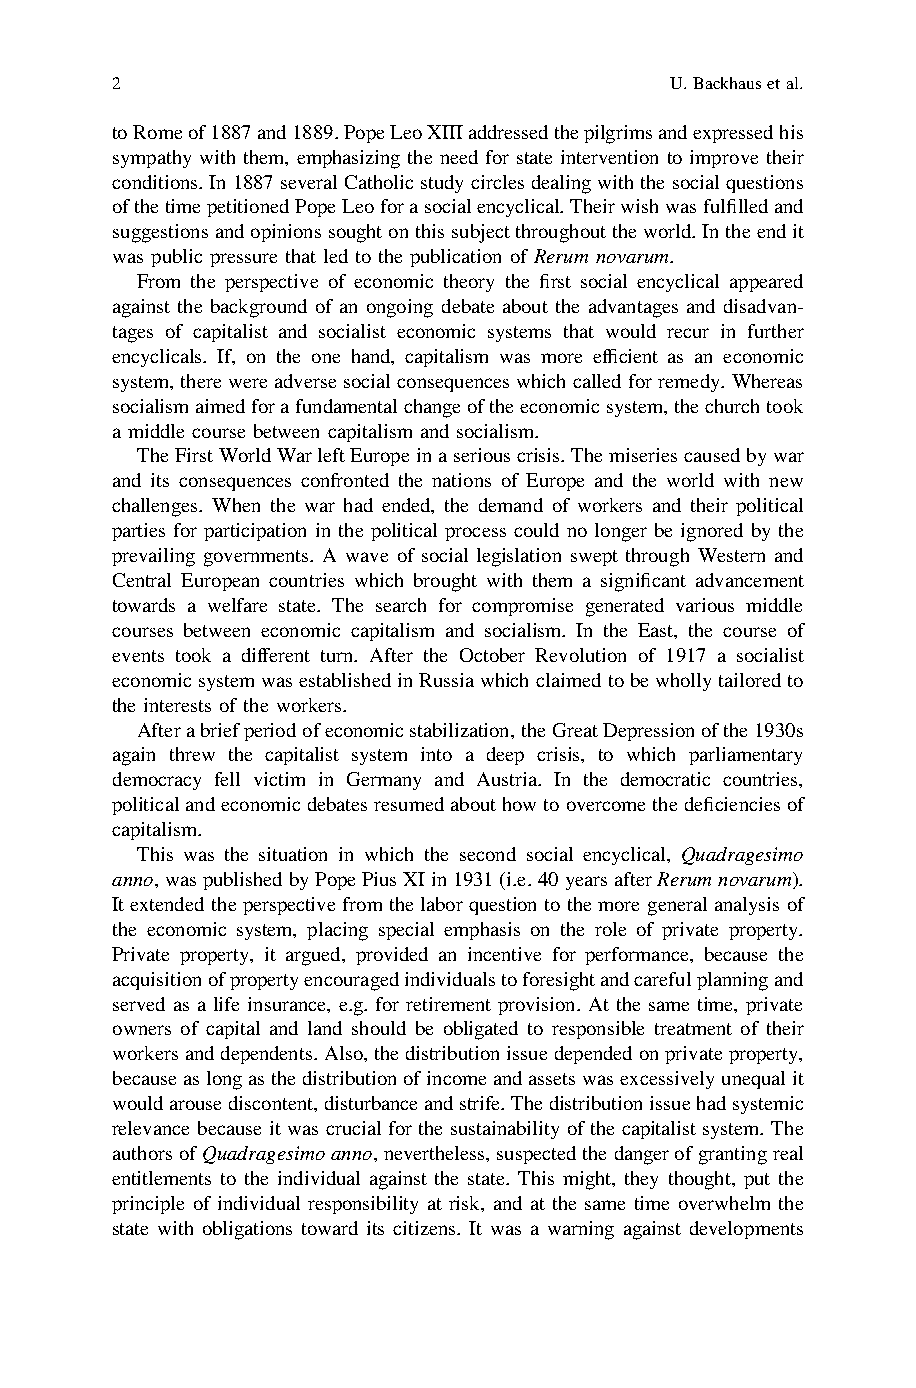
2                                    U.Backhausetal.
 toRomeof1887and1889.PopeLeoXIIIaddressedthepilgrimsandexpressedhis
 sympathy with them, emphasizing the need for state intervention to improve their
 conditions.In1887several Catholic studycirclesdealingwiththesocialquestions
 ofthetimepetitionedPopeLeoforasocialencyclical.Theirwishwasfulfilledand
 suggestionsandopinionssoughtonthissubjectthroughouttheworld.Intheendit
 was public pressure that led to the publication of Rerum novarum.
 From the perspective of economic theory the first social encyclical appeared
 against the background of an ongoing debate about the advantages and disadvan-
 tages of capitalist and socialist economic systems that would recur in further
 encyclicals. If, on the one hand, capitalism was more efficient as an economic
 system, there wereadversesocialconsequences whichcalledforremedy.Whereas
 socialismaimedforafundamentalchangeoftheeconomicsystem,thechurchtook
 a middle course between capitalism and socialism.
 TheFirstWorldWarleftEuropeinaseriouscrisis.Themiseriescausedbywar
 and its consequences confronted the nations of Europe and the world with new
 challenges. When the war had ended, the demand of workers and their political
 parties for participation in the political process could no longer be ignored by the
 prevailing governments. A wave of social legislation swept through Western and
 Central European countries which brought with them a significant advancement
 towards a welfare state. The search for compromise generated various middle
 courses between economic capitalism and socialism. In the East, the course of
 events took a different turn. After the October Revolution of 1917 a socialist
 economicsystemwasestablishedinRussiawhichclaimedtobewhollytailoredto
 the interests of the workers.
 Afterabriefperiodofeconomicstabilization,theGreatDepressionofthe1930s
 again threw the capitalist system into a deep crisis, to which parliamentary
 democracy fell victim in Germany and Austria. In the democratic countries,
 politicalandeconomicdebatesresumedabouthowtoovercomethedeficienciesof
 capitalism.
 This was the situation in which the second social encyclical, Quadragesimo
 anno,waspublishedbyPopePiusXIin1931(i.e.40 yearsafterRerumnovarum).
 It extended theperspectivefrom thelabor question tothemore general analysisof
 the economic system, placing special emphasis on the role of private property.
 Private property, it argued, provided an incentive for performance, because the
 acquisitionofpropertyencouragedindividualstoforesightandcarefulplanningand
 served as a life insurance, e.g. for retirement provision. At the same time, private
 owners of capital and land should be obligated to responsible treatment of their
 workersanddependents.Also,thedistributionissuedependedonprivateproperty,
 becauseaslongasthedistributionofincomeandassetswasexcessivelyunequalit
 wouldarousediscontent,disturbanceandstrife.Thedistributionissuehadsystemic
 relevance because it was crucial for the sustainability of the capitalist system. The
 authorsofQuadragesimoanno,nevertheless,suspectedthedangerofgrantingreal
 entitlements to the individual against the state. This might, they thought, put the
 principle of individual responsibility at risk, and at the same time overwhelm the
 state with obligations toward its citizens. It was a warning against developments